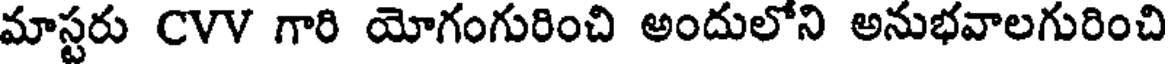
మాస్టరు CVV గారి యోగంగురించి అందులోని అనుభవాలగురించి